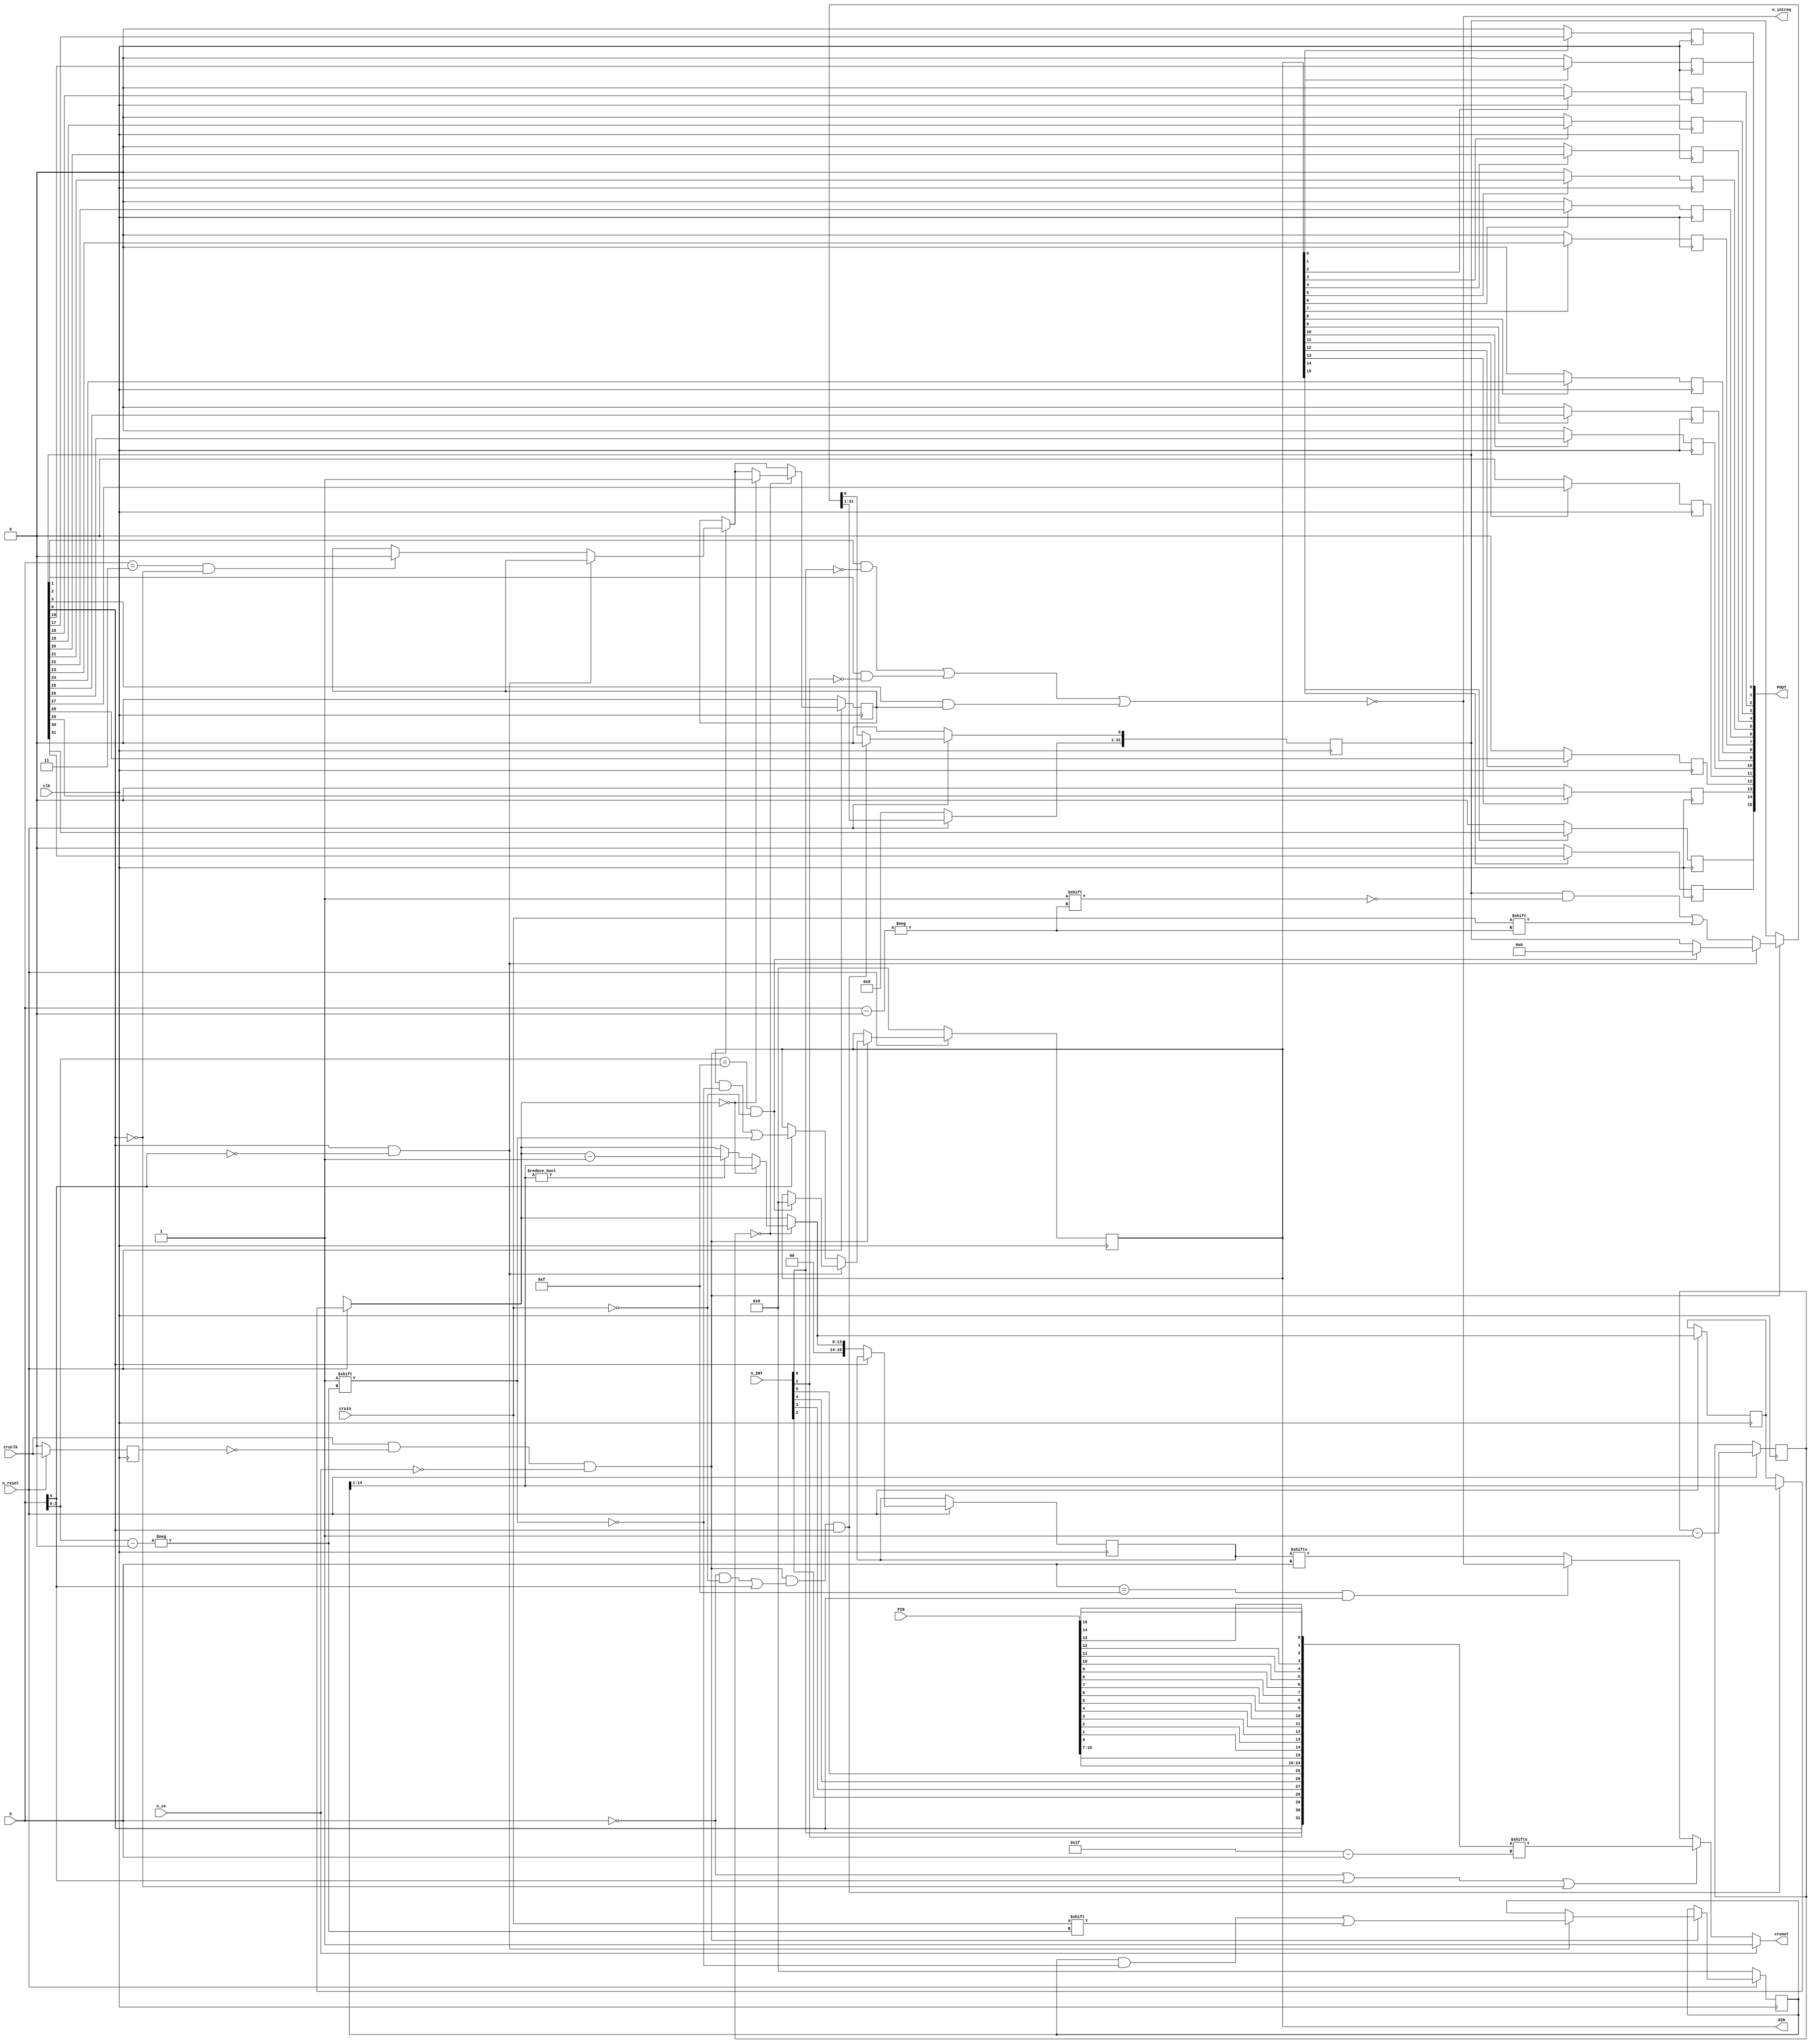
// tms9901.v
// EP 2019-10-19
// Bringing together earlier scattered code to have a clear implementation 
// of the TMS9901.
// Note: lacks the interrupt priority generation (IC lines below) to save logic
// and time as this is not required for the TI-99/4A.

module tms9901(
    input wire clk,
    input wire n_reset,
    input wire n_ce,
    input wire cruin, 
    input wire cruclk, 
    output wire cruout,
    input [4:0] S,   
    output wire n_intreq,
    // output [3:0] IC,
    // IO pins
    input wire [6:1] n_INT,     // 6 input only interrupt pins
    // These following 16 pins can be either inputs or outputs.
    // If they are ever written they become outputs, and only reset can change that.
    // Pins 7 to 15 have interrupt capability.
    output reg [15:0] POUT,    
    input wire [15:0] PIN,
    output reg [15:0] DIR   // Pin direction, 1=output
);

`define TI994A_INTERRUPTS_ONLY

// Interrupt mask bits are cru_bits[15:1] in accordance to the following table:
// 1    n_int[1]
// 2    n_int[2]
// 3    n_int[3]    (also timer interrupt)
// 4    n_int[4]
// 5    n_int[5]
// 6    n_int[6]
// 7    n_int7 /P15
// 8    n_int8 /P14
// 9    n_int9 /P13
// 10   n_int10/P12
// 11   n_int11/P11
// 12   n_int12/P10
// 13   n_int13/P9
// 14   n_int14/P8
// 15   n_int15/P7

reg [31:0] cru_bits;         // 32 write bits to 9901, when cru9901(0)='0'
reg [15:0] cru9901_clock;	 // 15 write bits of 9901 when cru9901(0)='1' (bit 0 not used here)
reg [13:0] decrementer;      // 14 bit decrementer value
reg [15:0] dec_read;         // Decrementer read register (bits 14:1 are used)
reg last_cruclk;
// BUGBUG: In an actual TMS9901 every 64th clock decrements the decrementer
// Here we use currently 8-bit counter to divide by 256.
reg [7:0]  clk_divider = 8'd0;    
reg timer_int_pending;
reg disconnect_int3 = 1'b0;

wire go_cruclk = cruclk && !last_cruclk;    // 1 clock cycle long pulse

// read logic, these are in a specific order.
wire [0:31] read_bits = { 
    cru_bits[0], n_INT[1], n_INT[2], n_INT[3], n_INT[4], n_INT[5], n_INT[6], PIN[15],
    PIN[14],     PIN[13],  PIN[12],  PIN[11],  PIN[10],  PIN[9] ,  PIN[8],   PIN[7],
    PIN[0],      PIN[1],   PIN[2],   PIN[3],   PIN[4],   PIN[5],   PIN[6],   PIN[7],
    PIN[8],      PIN[9],   PIN[10],  PIN[11],  PIN[12],  PIN[13],  PIN[14],  PIN[15]
};

wire timer_mode = cru_bits[0] == 1'b1;

assign cruout = n_ce ? 1'b1     : // Just return 1 when not selected, should be 1'bz but yosys is not cool with that
    (S == 5'd0 || S[4] == 1'b1 || !timer_mode) ? read_bits[S[4:0]] :
    (S == 5'd15 && timer_mode) ? n_intreq        : // Timer mode addr 15
    dec_read[S];

// Interrupt reguest generation, active low output. There are 15 interrupt pins.
`ifdef TI994A_INTERRUPTS_ONLY
assign n_intreq = !(
    (cru_bits[ 1] & ~n_INT[1]) ||   // n_INT 1 (peripherals on TI-99/4A)
    (cru_bits[ 2] & ~n_INT[2]) ||   // n_INT 2 (VDP on TI-99/4A)
    (cru_bits[ 3] & timer_int_pending)
    );
`else
assign n_intreq = !(
    (cru_bits[ 1] & ~n_INT[1]) ||   // n_INT 1 (peripherals on TI-99/4A)
    (cru_bits[ 2] & ~n_INT[2]) ||   // n_INT 2 (VDP on TI-99/4A)
    ((cru_bits[3]  & ~n_INT[3] & ~disconnect_int3) && cru9901_clock[14:1]==14'h0000) || // pin n_INT 3 is not an interrupt if timer is active
    (cru_bits[ 4] & ~n_INT[4]) ||   // n_INT 4,5,6
    (cru_bits[ 5] & ~n_INT[5]) ||   // n_INT 4,5,6
    (cru_bits[ 6] & ~n_INT[6]) ||   // n_INT 4,5,6
    (cru_bits[ 7] & ~PIN[15]) || (cru_bits[ 8] & ~PIN[14]) || 
    (cru_bits[ 9] & ~PIN[13]) || (cru_bits[10] & ~PIN[12]) || 
    (cru_bits[11] & ~PIN[11]) || (cru_bits[12] & ~PIN[10]) || 
    (cru_bits[13] & ~PIN[ 9]) || (cru_bits[14] & ~PIN[ 8]) || 
    (cru_bits[15] & ~PIN[ 7]) || (cru_bits[ 3] & timer_int_pending));
`endif

// output pins
genvar i;
generate
    for(i=0; i<16; i=i+1) begin : OUTPUT_PINS_BLOCK
        always @(posedge clk) begin
            POUT[i] <= DIR[i] ? cru_bits[16+i] : 1'b0;
        end
    end
endgenerate



always @(posedge clk)
begin
    if (!n_reset) begin
        DIR   <= 16'h0;  // Initially pins are inputs
        cru_bits <= 32'h0;
        last_cruclk  <= 1'b0;
        timer_int_pending <= 1'b0;
        cru9901_clock <= 16'd0;
        disconnect_int3 <= 1'b0;
    end else begin
        clk_divider <= clk_divider - 8'd1;

        last_cruclk  <= cruclk;
        if (go_cruclk && !n_ce) begin
            // Write to a register
            if (timer_mode && S[4] == 1'b0) begin
                cru9901_clock[S[3:0]] <= cruin; 
                if (S[3:0] == 4'd15 && cruin == 1'b0) begin
                    // Software reset, reset pin directions to input
                    DIR <= 16'h0; 
                    // Should we also reset interrupt masks? I do it here. However, timer values remain.
                    cru_bits <= 32'h0;
                end
            end else begin
                cru_bits[S[4:0]] <= cruin;
                if (S == 5'd3 && !timer_mode)
                    timer_int_pending <= 1'b0;  // regardless of written data interrupt is cleared.
                if (S[4] == 1'b1) begin
                    DIR[S[3:0]] <= 1'b1; // This pin became permanently an output
                end
            end 
        end
        // decrementer loaded by writing 0 to CRU bit 0 or accessing bit higher than 15
        if (go_cruclk && !n_ce && ((S == 5'b00000 && cruin == 1'b0) || S[4]==1'b1) && timer_mode) begin
            decrementer = cru9901_clock[14:1];
            cru_bits[0] <= 1'b0;
        end
        if (clk_divider == 8'd0) begin
            if (decrementer == 14'd0) begin
                decrementer = cru9901_clock[14:1];
                timer_int_pending <= 1'b1;
                disconnect_int3 <= 1'b1;
            end else if (cru9901_clock[14:1] != 14'd0) begin
                decrementer = decrementer - 14'd1;
            end
        end 
        if (!timer_mode) begin
            dec_read <= decrementer;    // The read register updated when not in timer access mode
        end
    end
end

endmodule